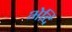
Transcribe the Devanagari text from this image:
भेदि